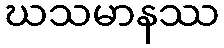
ဃသမာနဿ